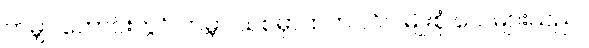
ကမ္ဘာ ဟောင်းတွင် ကမ္ဘာ သစ်မှာထက် လိပ် မျိုးစုံ ပေါ များသည်။